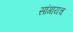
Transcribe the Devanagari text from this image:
सांगायच